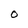
Character: O